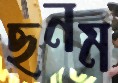
ছনম